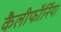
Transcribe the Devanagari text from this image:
कैलीफॉर्निया